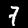
Digit: 7